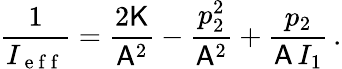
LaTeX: \frac{1}{I_{\mathrm{~e~f~f~}}}=\frac{2\mathsf{K}}{\mathsf{A}^{2}}-\frac{p_{2}^{2}}{\mathsf{A}^{2}}+\frac{p_{2}}{\mathsf{A}\, I_{1}}\, .